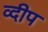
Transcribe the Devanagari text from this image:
व्दीप